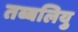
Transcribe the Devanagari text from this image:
तब्बलियु